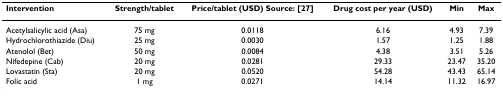
| Intervention | Strength/tablet | Price/tablet (USD) Source: [27] | Drug cost per year (USD) | Min | Max |
 | --- | --- | --- | --- | --- | --- |
 | Acetylsalicylic acid (Asa) | 75 mg | 0.0118 | 6.16 | 4.93 | 7.39 |
 | Hydrochlorothiazide (Diu) | 25 mg | 0.0030 | 1.57 | 1.25 | 1.88 |
 | Atenolol (Bet) | 50 mg | 0.0084 | 4.38 | 3.51 | 5.26 |
 | Nifedepine (Cab) | 20 mg | 0.0281 | 29.33 | 23.47 | 35.20 |
 | Lovastatin (Sta) | 20 mg | 0.0520 | 54.28 | 43.43 | 65.14 |
 | Folic acid | 1 mg | 0.0271 | 14.14 | 11.32 | 16.97 |